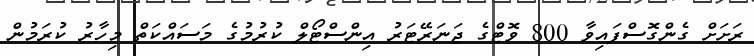
ރަށަށް ގެންގޮސްފައިވާ 800 ވޮޓްގެ ޖަނަރޭޓަރު އިންސްޓޯލް ކުރުމުގެ މަސައްކަތް މިހާރު ކުރަމުން